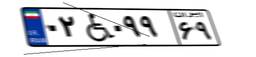
۰۲W۰۹۹۶۹